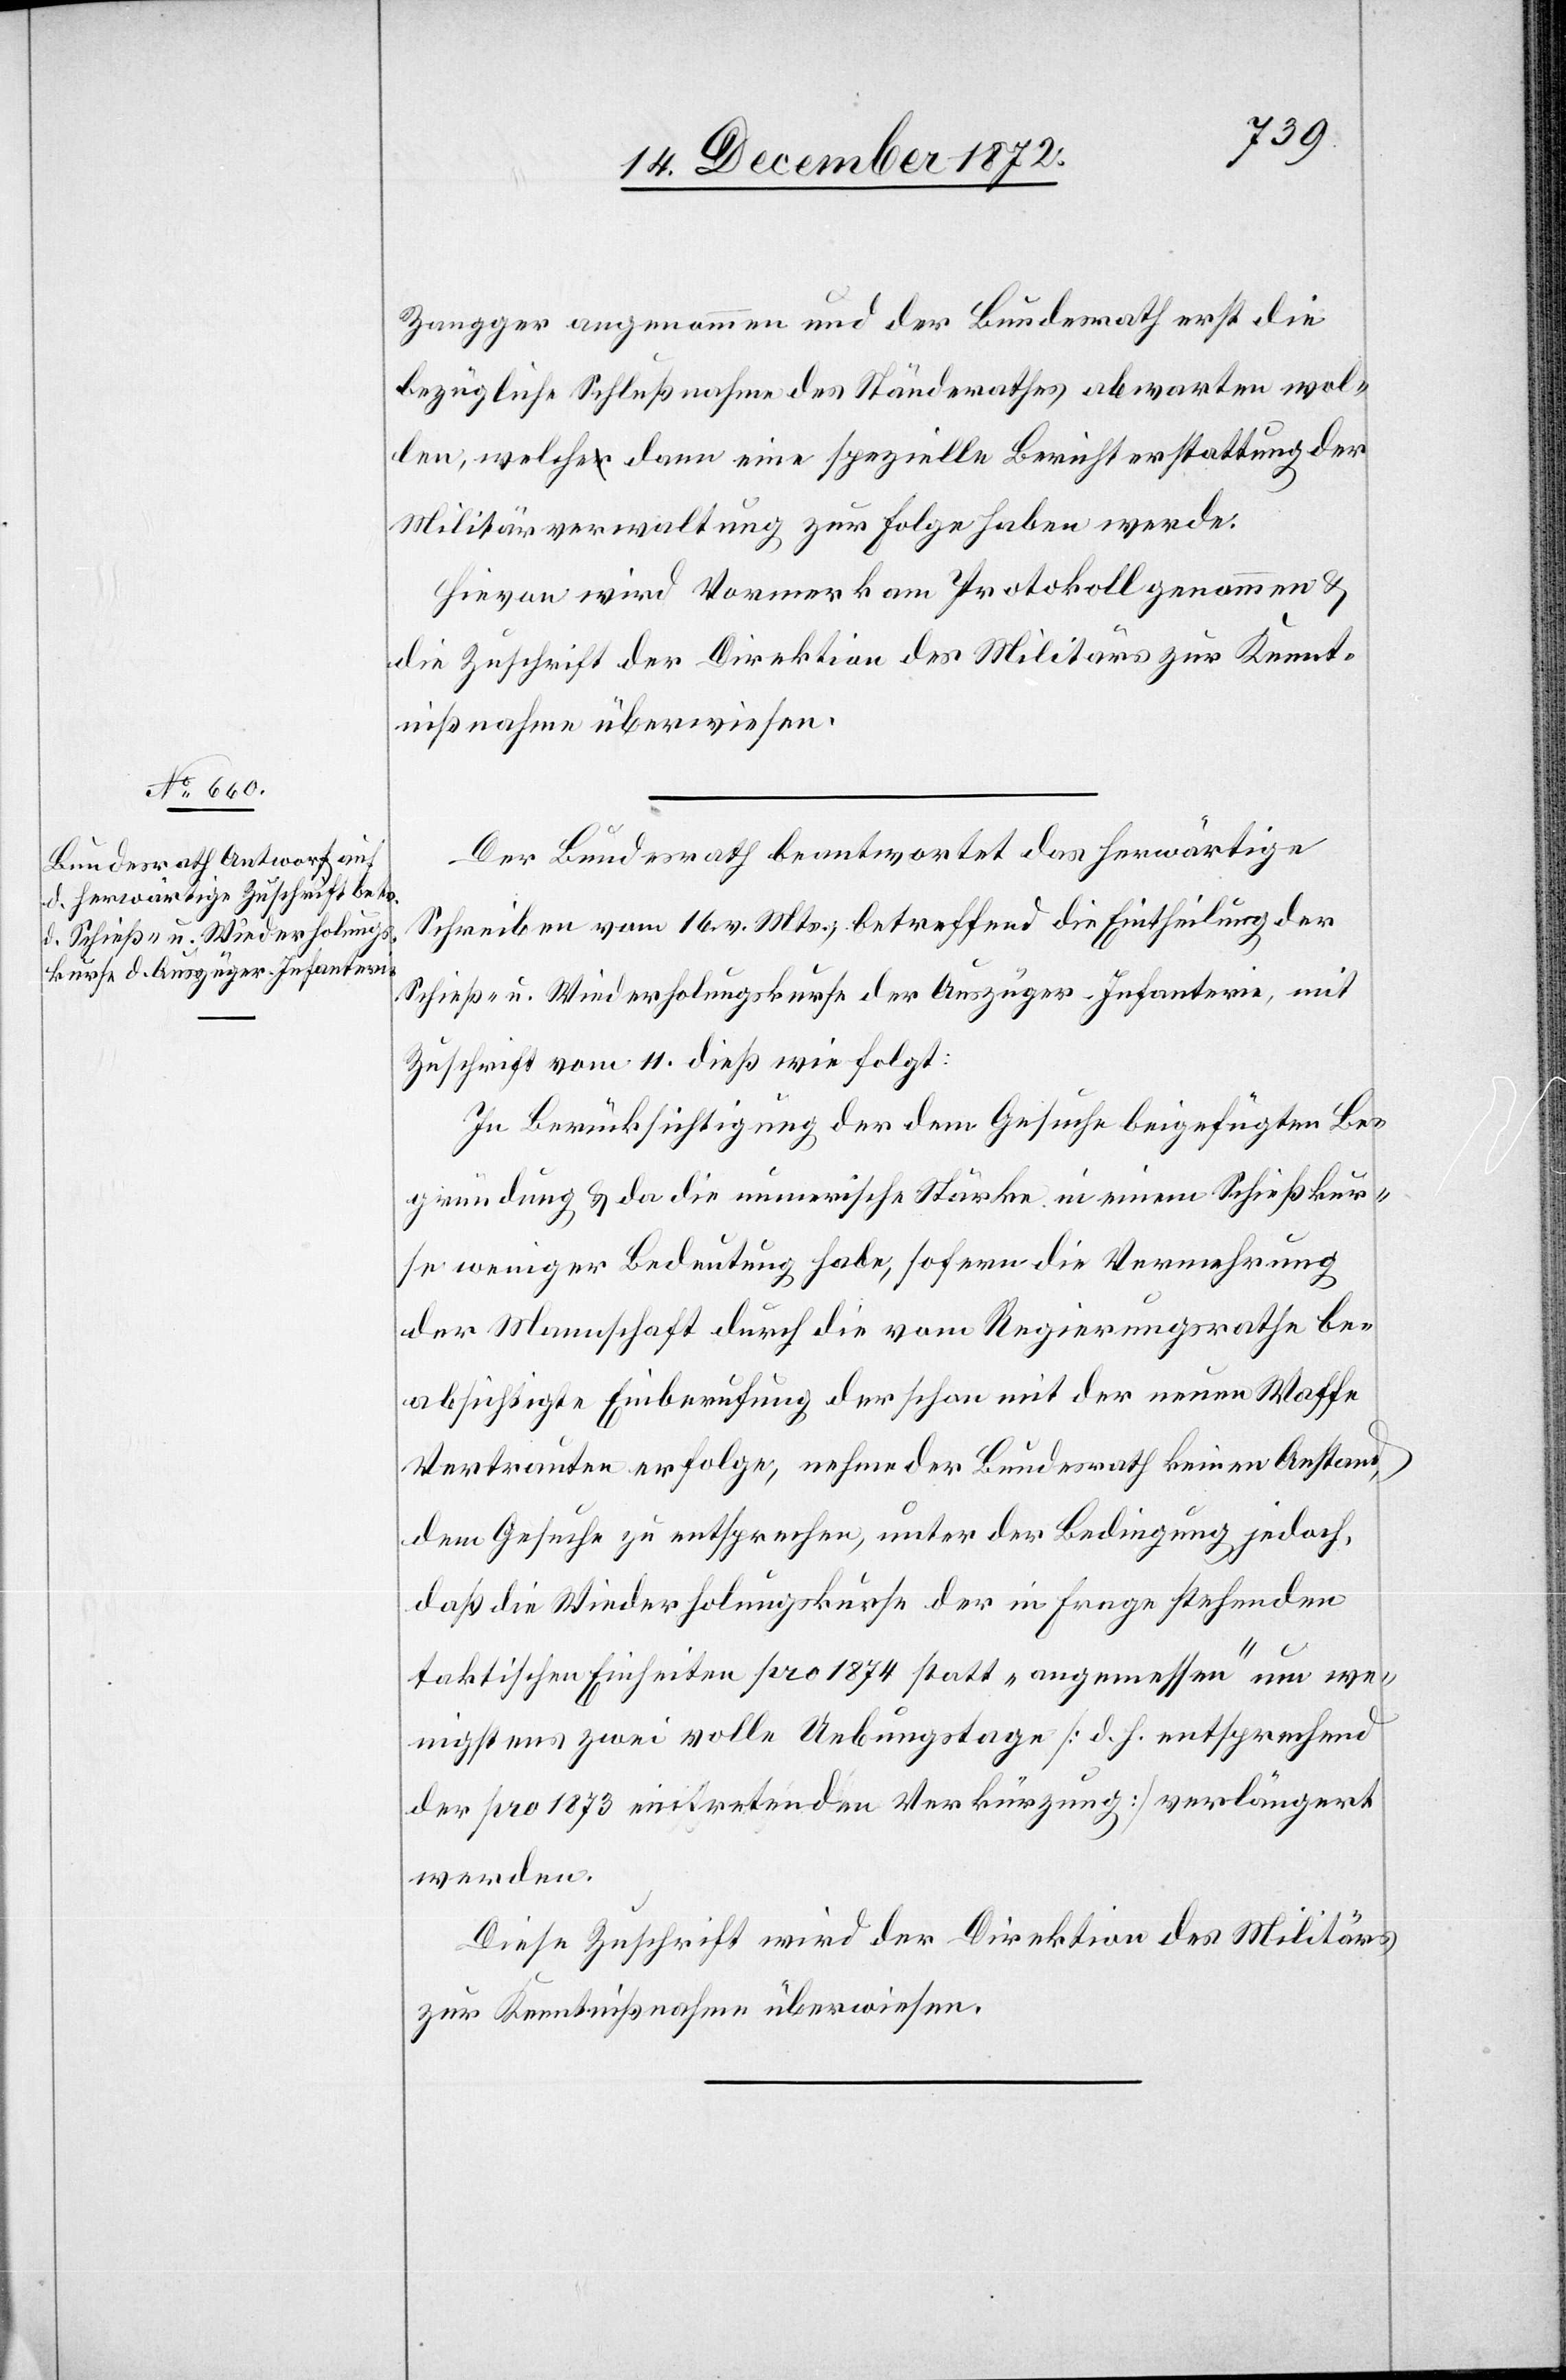
Zangger angenommen und der Bundesrath erst die
bezügliche Schlußnahme des Ständerathes abwarten wol¬
len, welche dann eine spezielle Berichterstattung der
Militärverwaltung zur Folge haben werde.
Hievon wird Vormerk am Protokoll genommen u.
die Zuschrift der Direktion des Militärs zur Kennt¬
nißnahme überwiesen.
Der Bundesrath beantwortet das herwärtige
Schreiben vom 16. v. Mts., betreffend die Eintheilung der
Schieß- u. Wiederholungskurse der Auszüger-Infanterie, mit
Zuschrift vom 11. dieß wie folgt:
In Berücksichtigung der dem Gesuche beigefügten Be¬
gründung u. da die numerische Stärke in einem Schießkur¬
se weniger Bedeutung habe, sofern die Vermehrung
der Mannschaft durch die vom Regierungsrathe be¬
absichtigte Einberufung der schon mit der neuen Waffe
Vertrauten erfolge, nehme der Bundesrath keinen Anstand,
dem Gesuche zu entsprechen, unter der Bedingung jedoch,
das die Wiederholungskurse der in Frage stehenden
taktischen Einheiten pro 1874 statt „angemessen“ um we¬
nigstens zwei volle Uebungstage [d. h. entsprechend
der pro 1873 eintretenden Verkürzung] verlängert
werden.
Diese Zuschrift wird der Direktion des Militärs
zur Kenntnißnahme überwiesen.